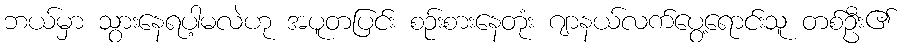
ဘယ်မှာ သွားနေရပါ့မလဲဟု အပူတပြင်း စဉ်းစားနေတုံး ဂျာနယ်လက်ပွေ့ရောင်းသူ တစ်ဦး၏